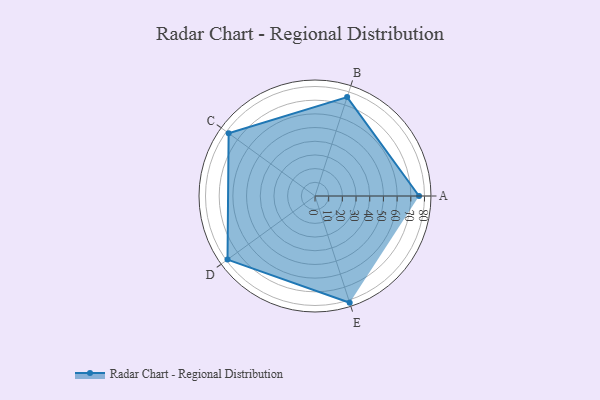
{"axis": {"x": "Skill", "y": "Score"}, "legend": ["Profile"], "data": [{"x": "A", "y": 76.0, "type": "Profile"}, {"x": "B", "y": 76.0, "type": "Profile"}, {"x": "C", "y": 78.0, "type": "Profile"}, {"x": "D", "y": 79.0, "type": "Profile"}, {"x": "E", "y": 82.0, "type": "Profile"}]}